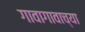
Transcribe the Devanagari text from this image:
गावागावाच्या